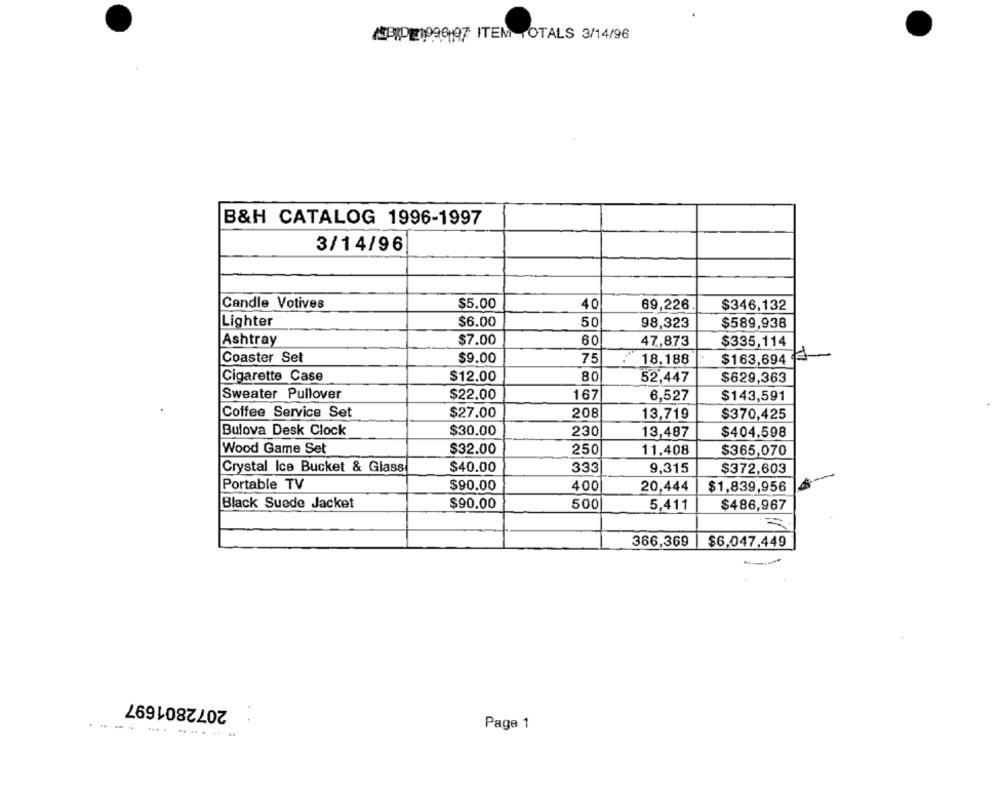
ASPIPE1999197 ITEM TOTALS 3/14/96
B&H CATALOG 1996-1997
3/14/96
Candle Votives
$5.00
40
69,226
$346,132
Lighter
$6.00
50
98,323
$589,938
Ashtray
$7.00
60
47,873
$335,114
Coaster Set
$9.00
75
18,188
$163,694 3
Cigarette Case
$12.00
80
52,447
$629,363
Sweater Pullover
$22.00
167
6,527
$143,591
Coffee Service Set
$27.00
208
13,719
$370,425
Bulova Desk Clock
$30.00
230
13,487
$404,598
Wood Game Set
$32.00
250
11,408
$365,070
$40.00
9,315
Crystal Ice Bucket & Glass
333
$372,603
Portable TV
$90.00
400
20,444
$1,839,956
Black Suede Jacket
$90.00
500
5,411
$486,967
=
366,369
$6.047,449
2072801697
Page 1